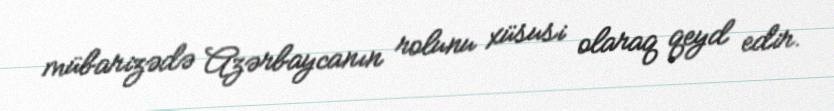
mübarizədə Azərbaycanın rolunu xüsusi olaraq qeyd edir.